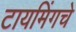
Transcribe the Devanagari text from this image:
टायमिंगचे